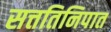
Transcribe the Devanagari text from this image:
सत्ततिनिपात